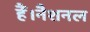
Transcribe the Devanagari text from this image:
हैं।नैशनल